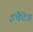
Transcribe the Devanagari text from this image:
इंचैटेड